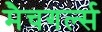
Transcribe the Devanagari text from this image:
मैचगर्ल्स